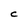
Character: C